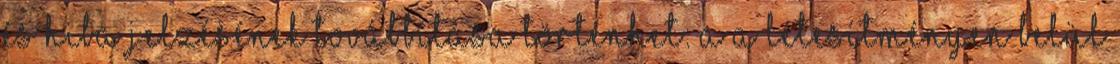
és hiba jelzésének továbbítása történhet: a a létesítményen belül